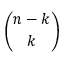
\binom { n - k } { k }